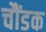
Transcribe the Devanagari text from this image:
चौंडक